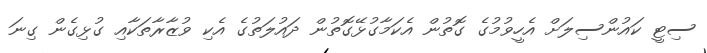
ސިޓީ ކައުންސިލަށް އެހީވުމުގެ ގޮތުން އެކަމާގުޅޭގޮތުން ދައުލަތުގެ އެކި ވުޒާރާތަކާއި ގުޅިގެން ގިނަ